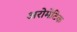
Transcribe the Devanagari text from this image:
अरोमेटिक